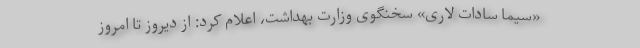
«سیما سادات لاری» سخنگوی وزارت بهداشت، اعلام کرد: از دیروز تا امروز